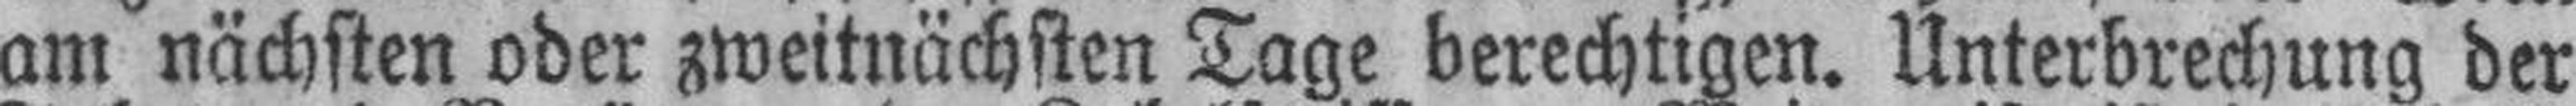
am nächsten oder zweitnächsten Tage berechtigen. Unterbrechung der